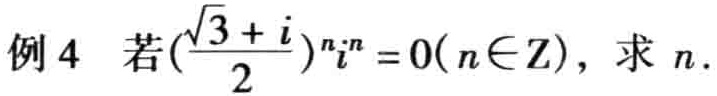
例4 若$(\frac{\sqrt{3}+i}{2})^{n}i^{n}=0(n\in \mathrm{Z})$，求$n$.